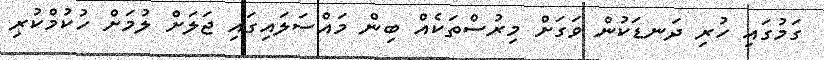
ގަމުގައި ހުރި ދަނޑަކުން ވަގަށް މިރުސްތަކެއް ބިން މައްސަލައިގައި ޖަލަށް ލުމަށް ހުކުމްކުރި